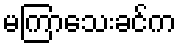
မကြာသေးခင်က